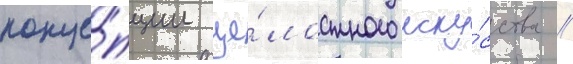
конце́пции це́лостного иску́сства /